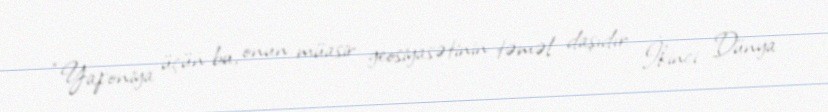
“Yaponiya üçün bu, onun müasir geosiyasətinin təməl daşıdır: İkinci Dünya